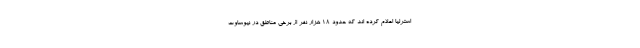
استرلیا اعلام کرده اند که حدود ۱۸ هزار نفر از برخی مناطق در نیوساوت